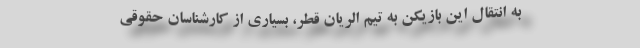
به انتقال این بازیکن به تیم الریان قطر، بسیاری از کارشناسان حقوقی